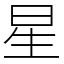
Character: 星